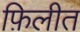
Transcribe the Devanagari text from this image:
फ़िलीत